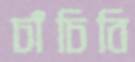
চাঁচিবি